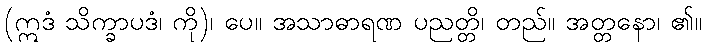
(ဣဒံ သိက္ခာပဒံ၊ ကို)၊ ပေ။ အသာဓာရဏ ပညတ္တိ၊ တည်။ အတ္တနော၊ ၏။